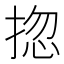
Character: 㧾